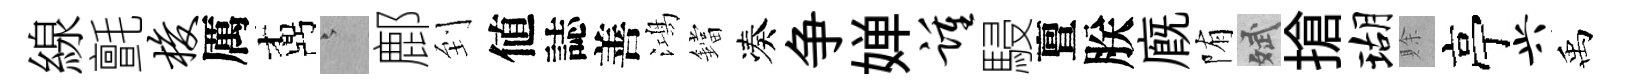
線氈梭厲鼒澹鄜到値誌善鴻鐺凑争婵踵駸亶朕廐陏斌搶瑚賖亭兴禹